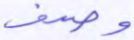
وصدف